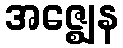
အဇ္ဈေန